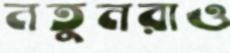
নতুনরাও